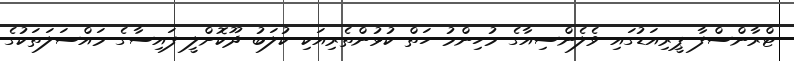
ޓްރާންސްފާ ޕީރިއަޑުގައި ވެލެންސިއާގެ މުހިންމު ހަތް ކުޅުންތެރިއަކި ކުލަބު ދޫކޮށްލީ ފައިސާގެ މައްސަލަތަކުގެ